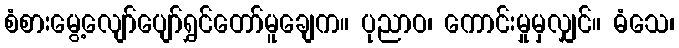
စံစားမွေ့လျော်ပျော်ရွှင်တော်မူချေက။ ပုညာဝ၊ ကောင်းမှုမှလျှင်။ ဓံသေ၊